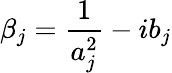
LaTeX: \beta_{j}=\frac{1}{a_{j}^{2}}-ib_{j}